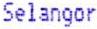
SELANGOR